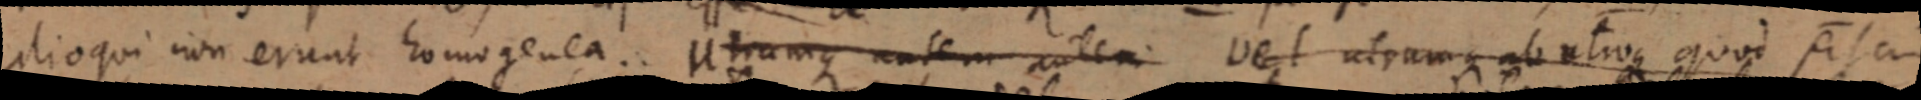
alioqui non erunt homogenea. Utrumque autem autem vel utramque ab utroque quod sit cum